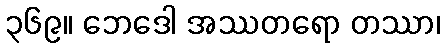
၃၆၉။ ဘေဒေါ အဿတရော တဿာ၊